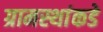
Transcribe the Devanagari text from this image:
ग्रामस्थांकडे